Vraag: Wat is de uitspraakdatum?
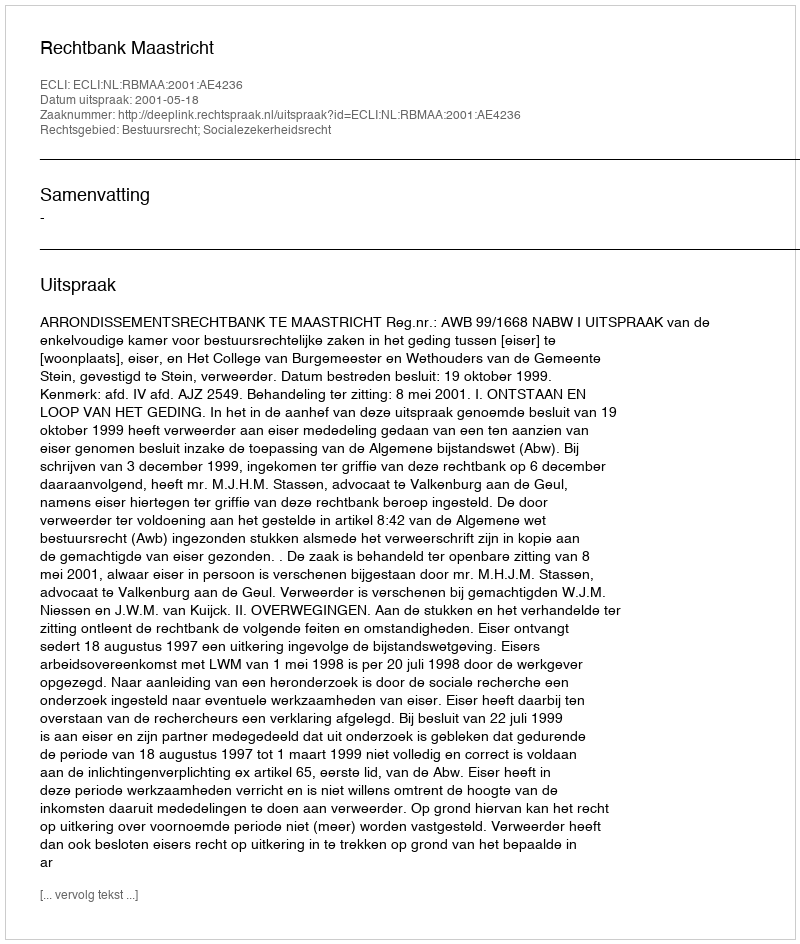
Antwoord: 2001-05-18